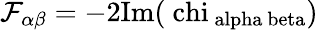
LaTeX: \mathcal{F}_{\alpha\beta}=-2\mathrm{{Im}(\ chi_{\ alpha\ beta})}